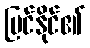
မြင်နိုင်၏